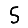
Digit: 5